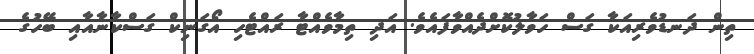
ތިން ދަނޑުވެރިއަކާ ގަސް ހަވާލުކޮށްދެއްވާފައެވެ. އަދި ތިމާވެއްޓާ ރައްޓެހި އޯގަނިކް ގަސްކާނާއާއި ބޭހުގެ